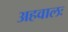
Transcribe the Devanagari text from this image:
अहवालः